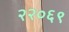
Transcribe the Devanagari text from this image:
२२०६९